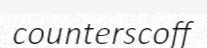
counterscoff